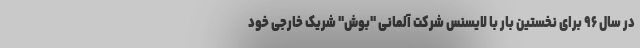
در سال ۹۶ برای نخستین بار با لایسنس شرکت آلمانی "بوش" شریک خارجی خود